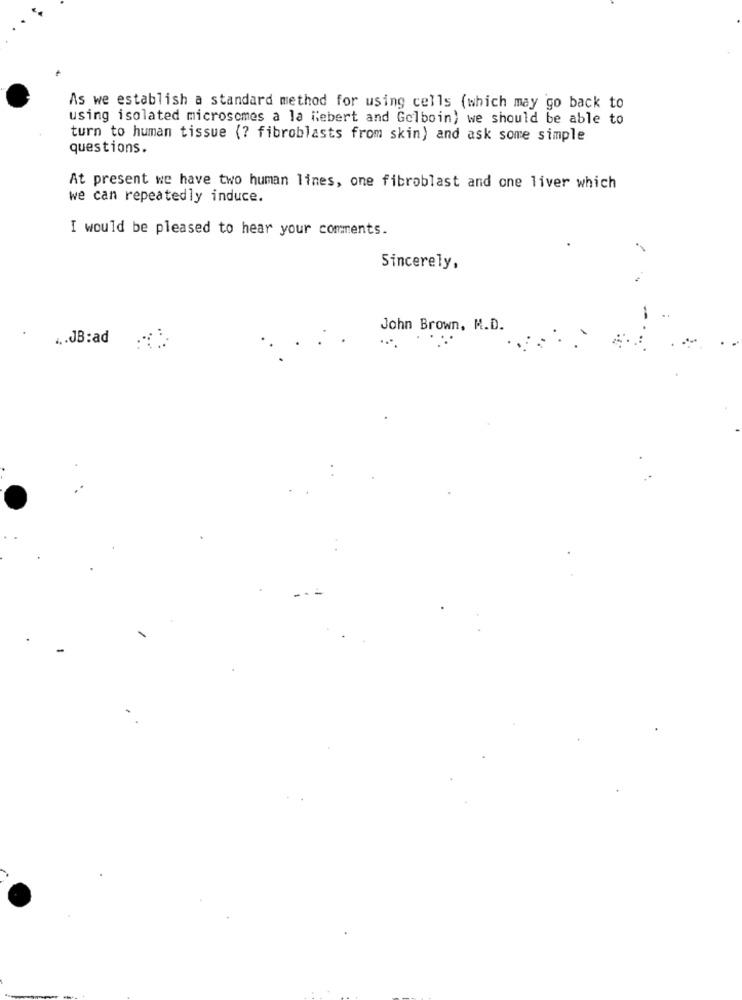
As we establish a standard method for using cells (which may go back to
using isolated microsomes a la hebert and Gelboin) we should be able to
turn to human tissue (? fibroblasts from skin) and ask some simple
questions.
At present we have two human lines, one fibroblast and one liver which
we can repeatedly induce.
I would be pleased to hear your comments.
Sincerely,
John Brown, M.D.
... JB:ad